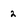
Character: 2